Medical and sanitary report of the native army of Madras for the year
Year: 1878
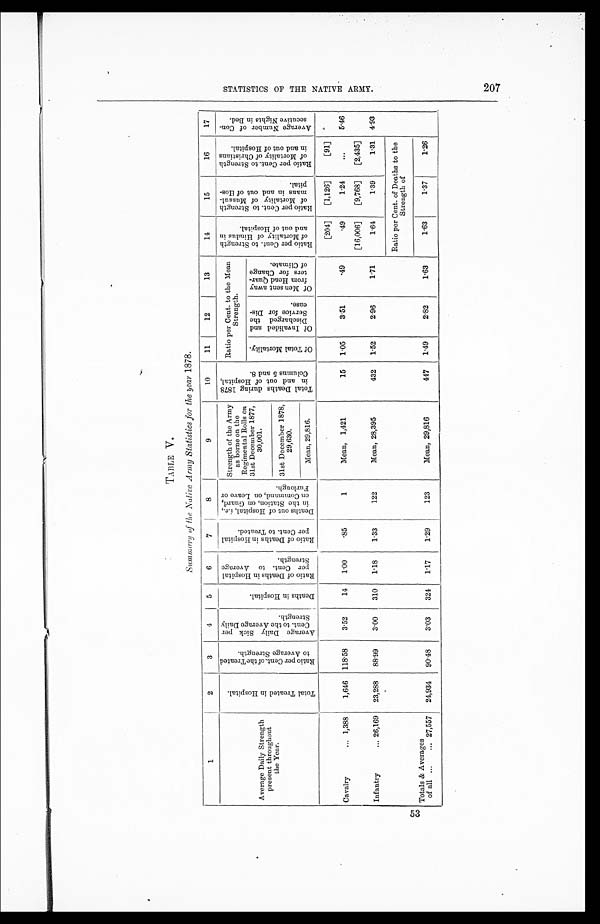
53
TABLE V.
Summary of the Native Army Statistics for the year 1878.
1
2
3
4
5
6
7
8
9
10
11
12
13
14
15
16
17
Ratio per Cent. to the Mean
Strength.
R a t i o p e r C e n t . t o S t r e n g t h o f M o r t a l i t y o f H i n d u s i n a n d o u t o f H o s p i t a l .
R a t i o p e r C e n t . t o S t r e n g t h o f M o r t a l i t y o f M u s s u l - m a n s i n a n d o u t o f H o s - p i t a l
R a t i o p e r C e n t . t o S t r e n g t h o f M o r t a l i t y o f C h r i s t i a n s i n a n d o u t o f H o s p i t a l .
A v e r a g e N u m b e r o f C o n - s e c u t i v e N i g h t s i n B e d .
T o t a l D e a t h s d u r i n g 1 8 7 8 i n a n d o u t o f H o s p i t a l , C o l u m n s 5 a n d 8 .
T o t a l T r e a t e d i n H o s p i t a l .
R a t i o p e r C e n t . o f t h e T r e a t e d t o A v e r a g e S t r e n g t h .
A v e r a g e D a i l y S i c k p e r C e n t . t o t h e A v e r a g e D a i l y S t r e n g t h .
D e a t h s i n H o s p i t a l .
R a t i o o f D e a t h s i n H o s p i t a l p e r C e n t . t o A v e r a g e S t r e n g t h .
R a t i o o f D e a t h s i n H o s p i t a l p e r C e n t . t o T r e a t e d .
D e a t h s o u t o f H o s p i t a l ,
i . e . ,
i n t h e S t a t i o n , o n G u a r d , o n C o m m a n d , o n L e a v e o r F u r l o u g h .
Strength of the Army
as borne on the
Regimental Rolls on
31st December 1877,
30,001.
Average Daily Strength
present throughout
the Year.
O f I n v a l i d e d a n d D i s c h a r g e d t h e S e r v i c e f o r D i s - e a s e .
O f M e n s e n t a w a y f r o m H e a d Q u a r - t e r s f o r C h a n g e o f C l i m a t e .
O f T o t a l M o r t a l i t y .
31st December 1878,
29,630.
Mean, 29,816.
[204]
[1,126]
[91]
Cavalry . . . 1,388
1,646
118.58
3.52
14
1.00
.85
1
Mean, 1,421
15
1.05
3.51
.49
.49
1.24
. . . 5.46
[16,006]
[9,768]
[2,435]
Infantry . . . 26,169
23,288
88.99
3.00
310
1.18
1.33
122
Mean, 28,395
432
1.52
2.96
1.71
1.64
1.39
1.31 4.93
Ratio per Cent. of Deaths to the
Strength of
Totals & Averages
of all . . . 27,557
24,934
90.48
3.03
324
1.17
1.29
123
Mean, 29,816
447
1.49
2.82
1.63
1.63
1.37
1.26
S T A T I S T I C S O F T H E N A T I V W E A R M Y .
2 0 7